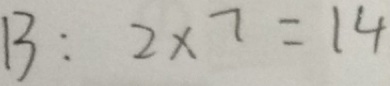
B : 2 \times 7 = 1 4